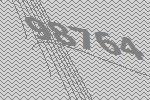
98764